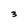
Character: 3